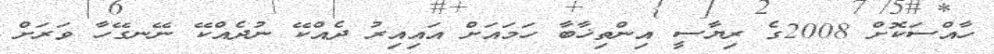
ހާއްސަކޮށް 2008ގެ ރިޔާސީ އިންތިޚާބާ ހަމައަށް އައިއިރު ދެއްކޭ ނުދެއްކޭ ނޭނގޭހާ ވަރަށް